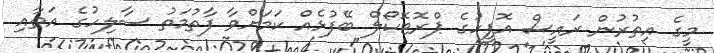
މީގެ އިތުރުން ރައީސް އޮފީހުގެ ޕްރޮޓޮކޯލް ބޭފުޅެއް ކަމަށްވާ ފާތުމަތު ސާލިހުގެ އަތާއި